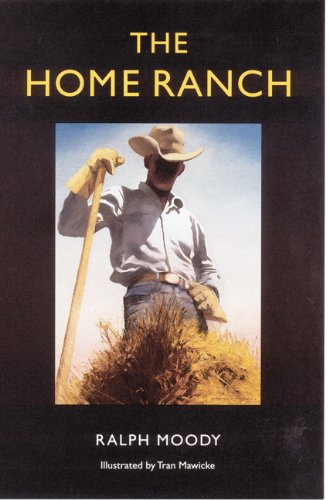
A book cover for The Home Ranch (Bison Book); Ralph Moody; Literature & Fiction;